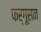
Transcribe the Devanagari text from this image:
फर्गूसन